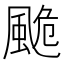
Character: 𩗜